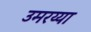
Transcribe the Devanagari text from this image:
उमरय्या